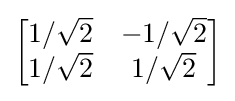
{\begin{bmatrix}{1/{\sqrt {2}}}&-{1/{\sqrt {2}}}\\{1/{\sqrt {2}}}&{1/{\sqrt {2}}}\end{bmatrix}}